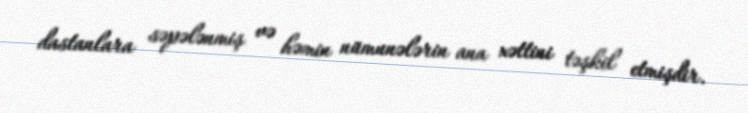
dastanlara səpələnmiş və həmin nümunələrin ana xəttini təşkil etmişdir.